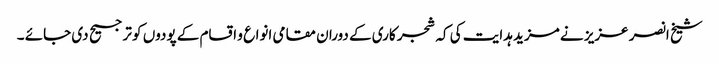
شیخ انصر عزیز نے مزید ہدایت کی کہ شجر کاری کے دوران مقامی انواع و اقسام کے پودوں کو ترجیح دی جائے ۔